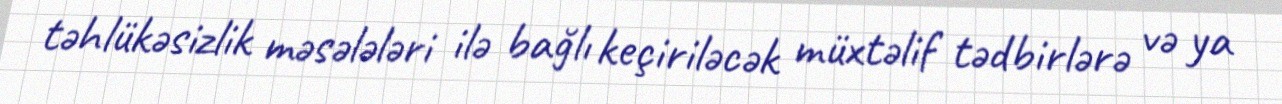
təhlükəsizlik məsələləri ilə bağlı keçiriləcək müxtəlif tədbirlərə və ya